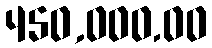
450,000.00